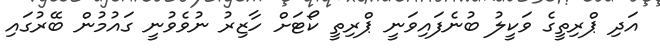
އަދި ޕްރިތީގެ ވަކީލު ބުނެފައިވަނީ ޕްރިތީ ކޯޓަށް ހާޒިރު ނުވެވުނީ ގައުމުން ބޭރުގައި